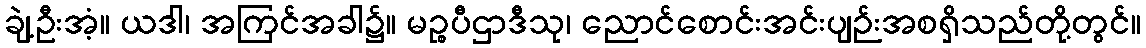
ချဲ့ဦးအံ့။ ယဒါ၊ အကြင်အခါ၌။ မဉ္စပီဌာဒီသု၊ ညောင်စောင်းအင်းပျဉ်းအစရှိသည်တို့တွင်။